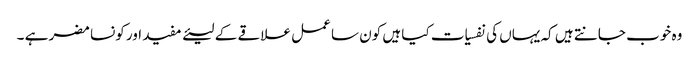
وہ خوب جانتے ہیں کہ یہاں کی نفسیات کیا ہیں کون سا عمل علاقے کے لیئے مفید اور کونسا مضر ہے ۔